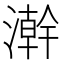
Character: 澣